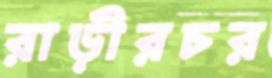
রাড়ীরচর